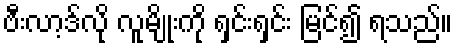
ဗီးလာ့ဒ်လို လူမျိုးကို ရှင်းရှင်း မြင်၍ ရသည်။